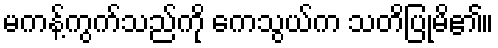
မကန့်ကွက်သည်ကို ကေသွယ်က သတိပြုမိ၏။